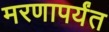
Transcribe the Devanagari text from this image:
मरणापर्यंत